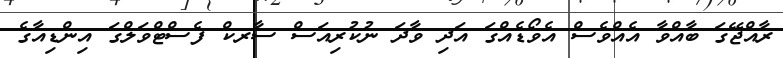
ރާއްޖޭގަ ބާއްވާ އެއްވެސް އެވޯޑެއްގަ އަދި ވާދަ ނުކުރިއަސް ސާރކް ފެސްޓްވަލްގަ އިންޑިއާގެ